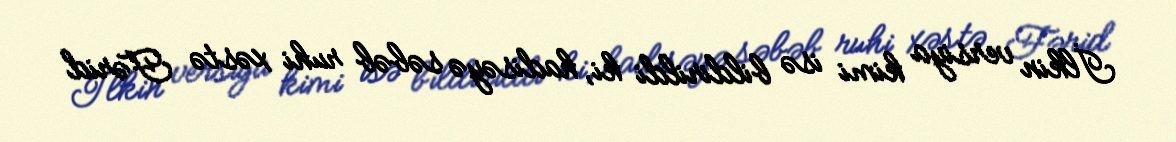
İlkin versiya kimi isə bildirildi ki, hadisəyə səbəb ruhi xəstə Fərid